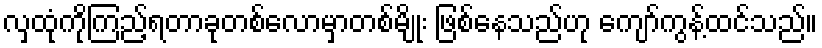
လှထုံကိုကြည့်ရတာခုတစ်လောမှာတစ်မျိုး ဖြစ်နေသည်ဟု ကျော်ကွန့်ထင်သည်။